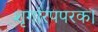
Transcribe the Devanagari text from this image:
शृगांरपपरक।